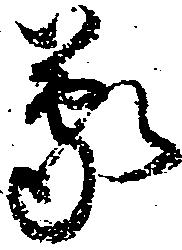
蒙